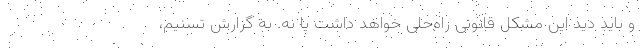
و باید دید این مشکل قانونی راه‌حلی خواهد داشت یا نه. به گزارش تسنیم،